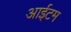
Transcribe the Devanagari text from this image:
आईटम